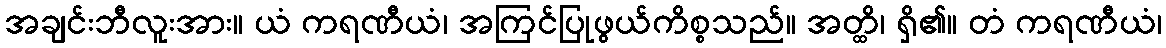
အချင်းဘီလူးအား။ ယံ ကရဏီယံ၊ အကြင်ပြုဖွယ်ကိစ္စသည်။ အတ္ထိ၊ ရှိ၏။ တံ ကရဏီယံ၊